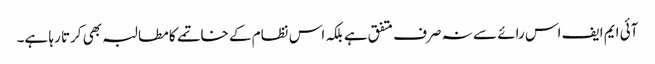
آئی ایم ایف اس رائے سے نہ صرف متفق ہے بلکہ اس نظام کے خاتمے کا مطالبہ بھی کرتا رہا ہے۔